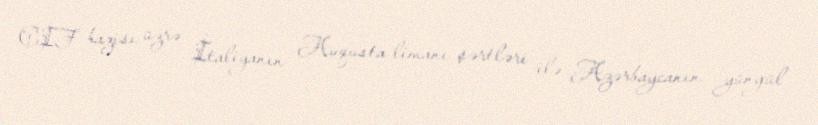
CIF bazisi üzrə İtaliyanın Auqusta limanı şərtləri ilə Azərbaycanın yüngül